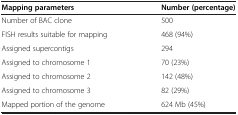
<table><thead><tr><td><b>Mapping parameters</b></td><td><b>Number (percentage)</b></td></tr></thead><tbody><tr><td>Number of BAC clone</td><td>500</td></tr><tr><td>FISH results suitable for mapping</td><td>468 (94%)</td></tr><tr><td>Assigned supercontigs</td><td>294</td></tr><tr><td>Assigned to chromosome 1</td><td>70 (23%)</td></tr><tr><td>Assigned to chromosome 2</td><td>142 (48%)</td></tr><tr><td>Assigned to chromosome 3</td><td>82 (29%)</td></tr><tr><td>Mapped portion of the genome</td><td>624 Mb (45%)</td></tr></tbody></table>